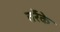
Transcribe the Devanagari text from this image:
तर्रेके